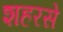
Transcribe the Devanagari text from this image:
शहरसे